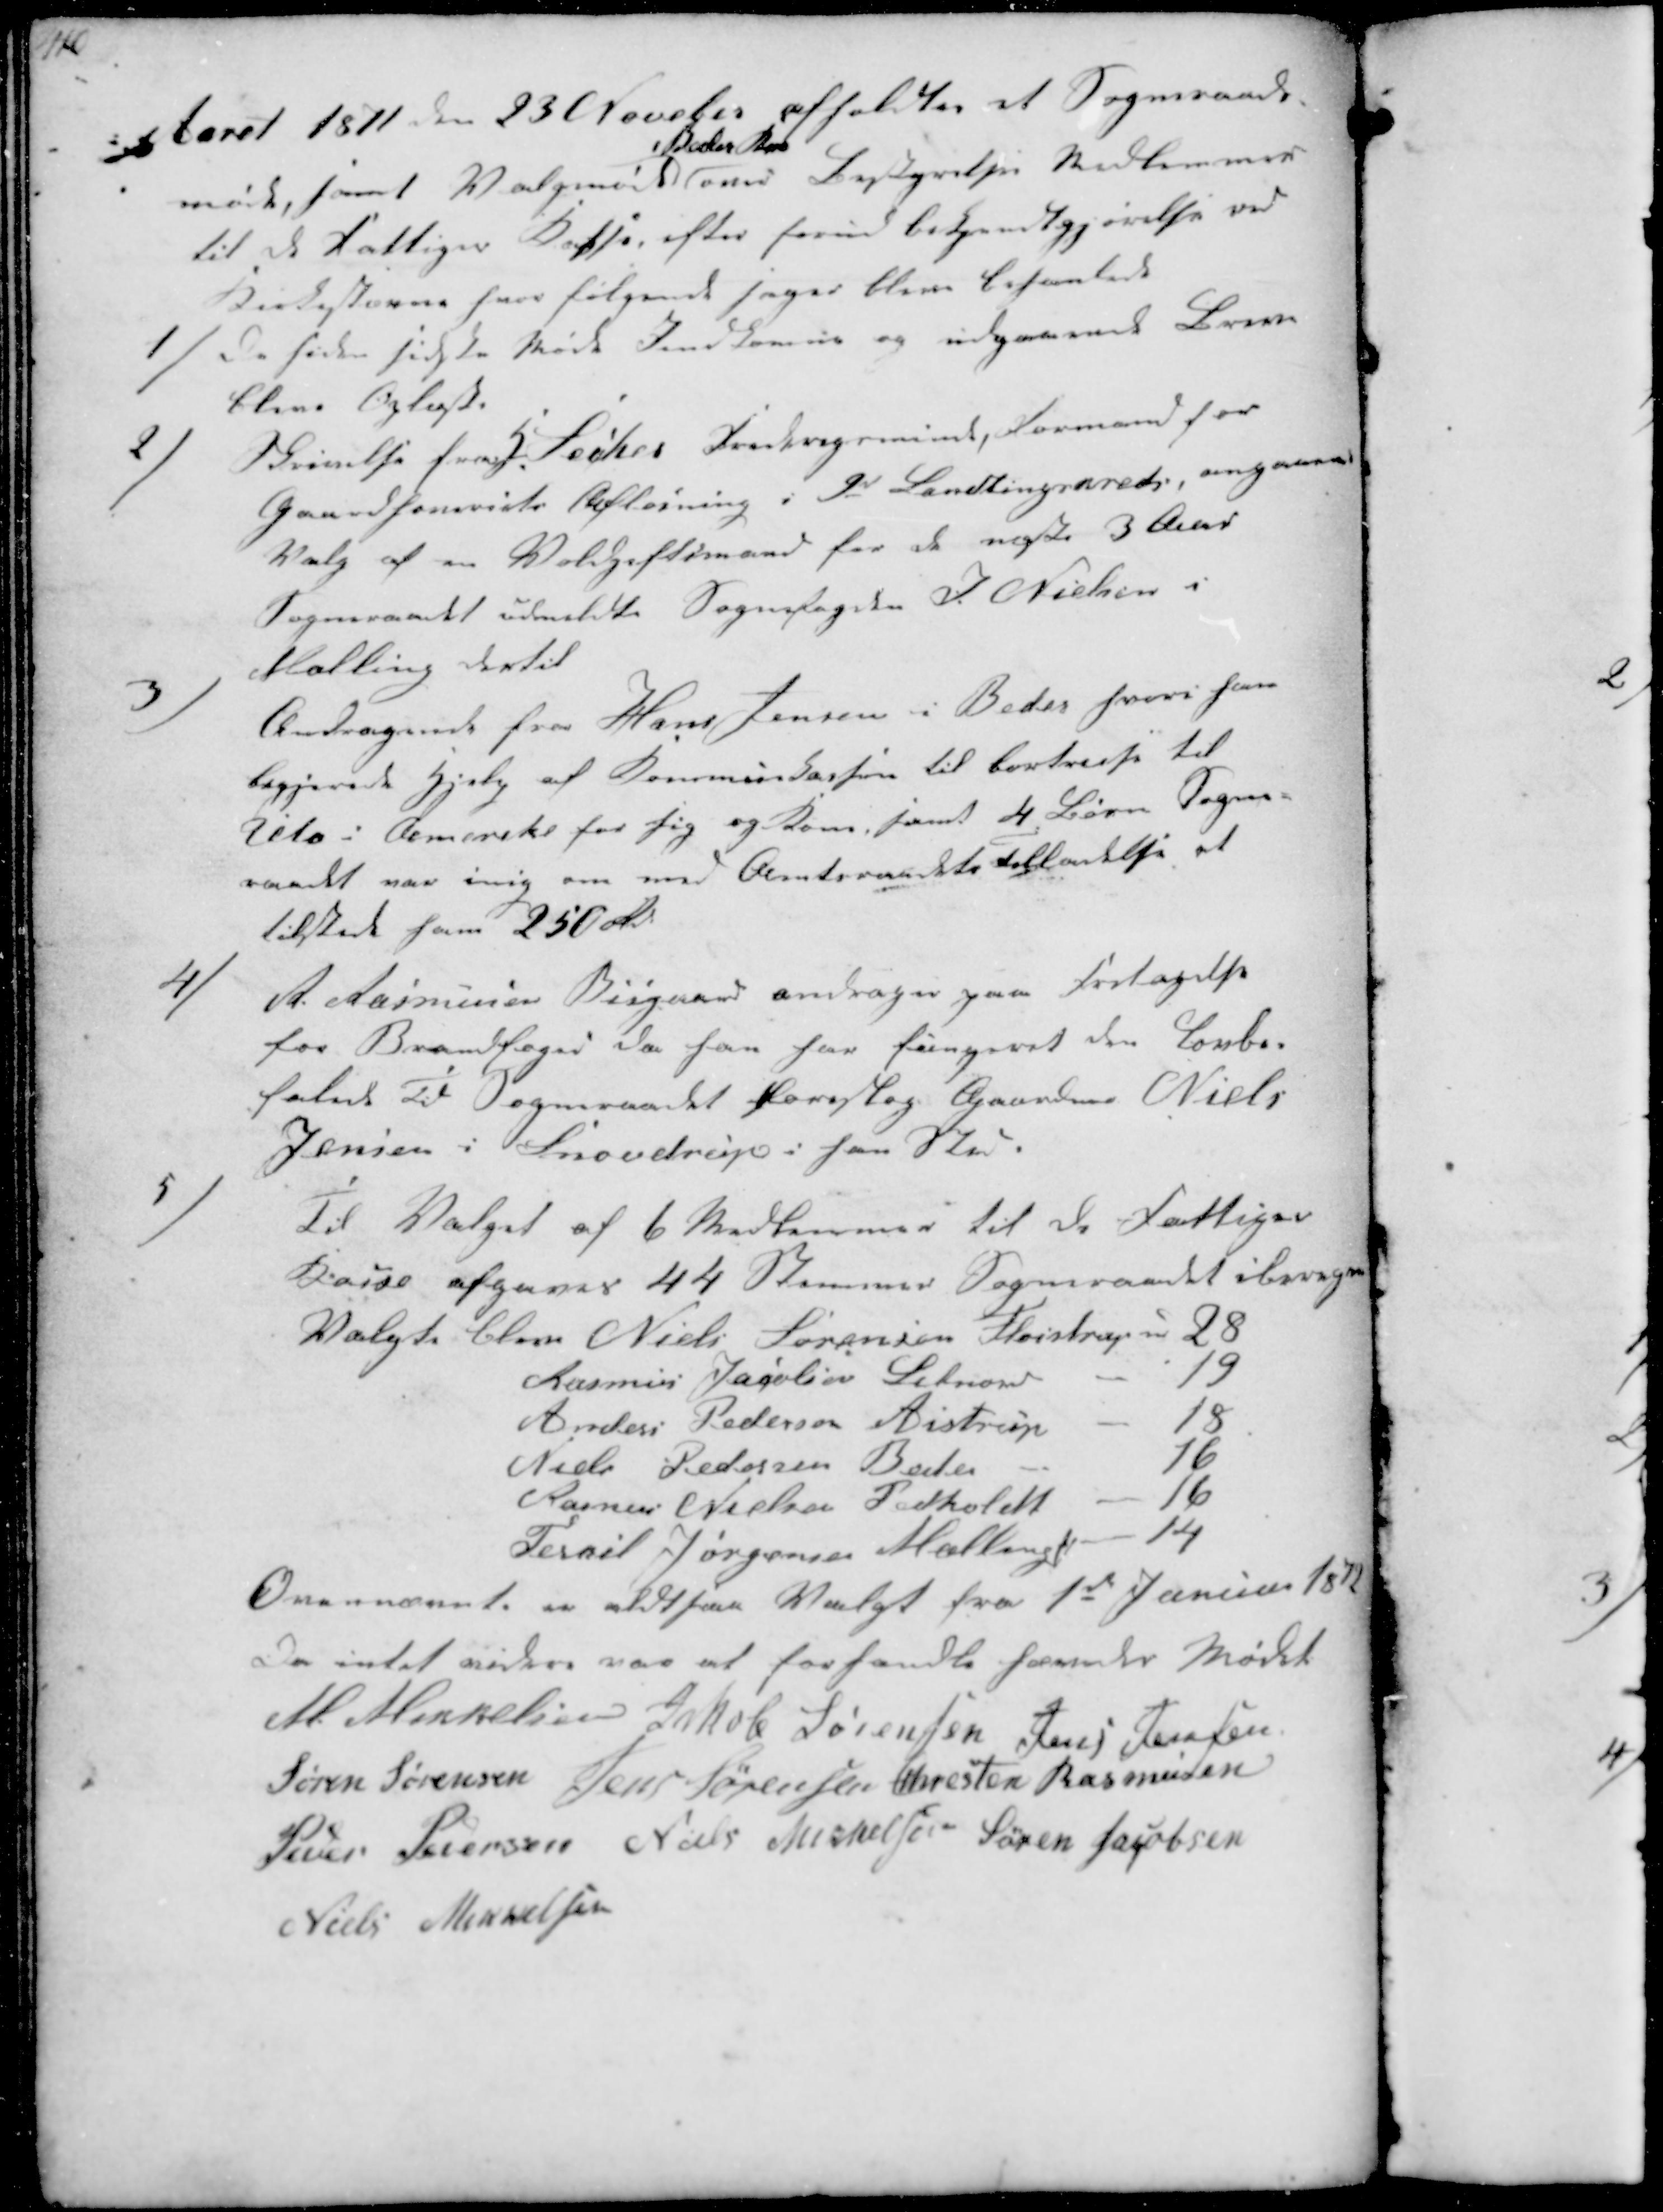
Transskription:
Aaret 1871 den 23 November afholdtes et Sogneraads-
møde, samt Valgmøde
i Beder Kro
om Bestyrelse Medlemmer
til de Fattiges Kasse, efter forud bekjendtgjørelse ved
Kirkestævne hvor følgende Sager bleve behandlede

1/
De siden sidste Møde Indkomne og udgaaende Breve
bleve oplæst

2/
Skrivelse fra H. Løcke Frederigsminde, Formand for
Gaardhoveriets Afløsning i 9de Landtingskreds, angaaende
Valg af en Voldgiftsmand for de næste 3 Aar
Sogneraadet udmeldte Sognefogden P. Nielsen i
Malling dertil

3/
Andragende fra Hans Jensen i Beder hvori han
begjærede Hjælp af Kommunekassen til bortreise til
 i Amerika for sig og Kone samt 4 Børn Sogne-
raadet var enig om med Amtsraadets Tilladelse at
tilstede ham 250 Rd

4/
R. Rasmussen Bisgaard andrager paa Fritagelse
for Brandfoged, da han har fungeret den Lovbe-
falede Tid Sogneraadet foreslog Gaardm. Niels
Jensen i Snovdrup i hans Sted.

5/
Til Valget af 6 Medlemmer til de Fattiges
Kasse afgaves 44 Stemmer Sogneraadet iberegnet
Valgt blev Niels Sørensen Fløistrup 28
Rasmus Jacobsen Lilnord
19
Anders Pedersen Aistrup
18
Niels Pedersen Beder
16
Rasmus Nielsen Pedholdt
16
Terkil Jørgensen Malling
14
Ovennævnte er altsaa Valgt fra 1st Januar 1872
Da intet videre var at forhandle hævedes Mødet
M. Mikkelsen Jakob Sørensen Jens Jensen
Søren Sørensen Jens Sørensen Chresten Rasmussen
Peder Pedersen Niels Mikelsen Søren Jacobsen
Niels Mikkelsen